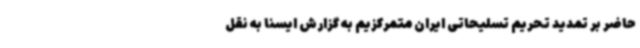
حاضر بر تمدید تحریم تسلیحاتی ایران متمرکزیم به گزارش ایسنا به نقل